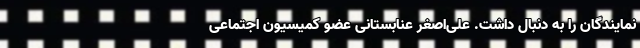
نمایندگان را به دنبال داشت. علی‌اصغر عنابستانی عضو کمیسیون اجتماعی